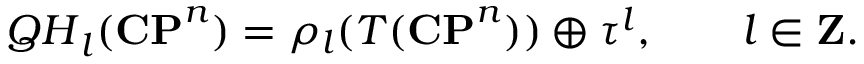
{ \cal Q H } _ { l } ( { \bf C P } ^ { n } ) = \rho _ { l } ( T ( { \bf C P } ^ { n } ) ) \oplus \tau ^ { l } , \qquad l \in { \bf Z } .